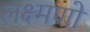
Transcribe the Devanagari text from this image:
लक्ष्मणो